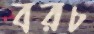
বরচ